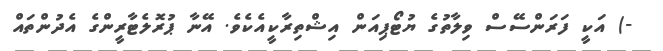
-) އަކީ ފަރަންސޭސް ވިލާތުގެ ޔުޓޯޕިއަން އިޝްތިރާކީއެކެވެ. އޭނާ ޕުރޮލެޓާރީންގެ އެދުންތައް